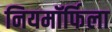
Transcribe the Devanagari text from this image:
नियमॉर्फिला